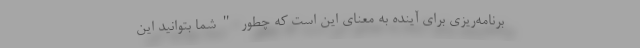
برنامه‌ریزی برای آینده به معنای این است که چطور "شما بتوانید این